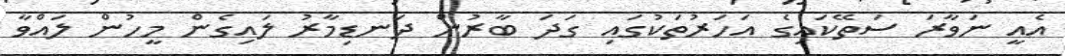
އެއީ ނަވާރަ ސަތޭކައިގެ އަހަރުތަކުގައި ގަދަ ބާރުން ދަނޑިމާރު ލައިގެން މީހުން ލައްވާ